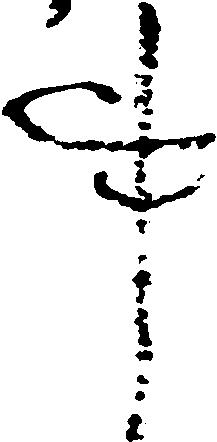
事